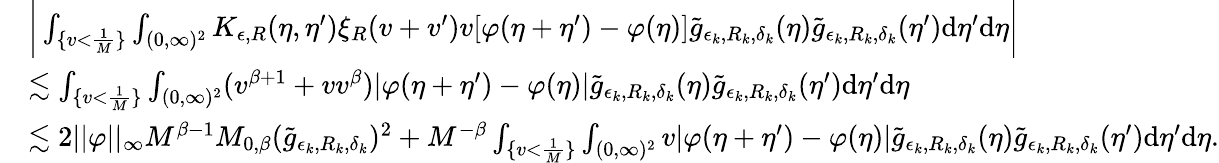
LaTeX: \begin{array}{rl}&{\bigg|\int_{\{ v<\frac{1}{M}\} }\int_{(0,\infty)^{2}}K_{\epsilon,R}(\eta,\eta^{\prime})\xi_{R}(v+v^{\prime})v[\varphi(\eta+\eta^{\prime})-\varphi(\eta)]\tilde{g}_{\epsilon_{k},R_{k},\delta_{k}}(\eta)\tilde{g}_{\epsilon_{k},R_{k},\delta_{k}}(\eta^{\prime})\textup{d}\eta^{\prime}\textup{d}\eta\bigg|}\\ &{\lesssim\int_{\{ v<\frac{1}{M}\} }\int_{(0,\infty)^{2}}(v^{\beta+1}+vv^{\beta})|\varphi(\eta+\eta^{\prime})-\varphi(\eta)|\tilde{g}_{\epsilon_{k},R_{k},\delta_{k}}(\eta)\tilde{g}_{\epsilon_{k},R_{k},\delta_{k}}(\eta^{\prime})\textup{d}\eta^{\prime}\textup{d}\eta}\\ &{\lesssim 2||\varphi||_{\infty}M^{\beta-1}M_{0,\beta}(\tilde{g}_{\epsilon_{k},R_{k},\delta_{k}})^{2}+M^{-\beta}\int_{\{ v<\frac{1}{M}\} }\int_{(0,\infty)^{2}}v|\varphi(\eta+\eta^{\prime})-\varphi(\eta)|\tilde{g}_{\epsilon_{k},R_{k},\delta_{k}}(\eta)\tilde{g}_{\epsilon_{k},R_{k},\delta_{k}}(\eta^{\prime})\textup{d}\eta^{\prime}\textup{d}\eta.}\end{array}